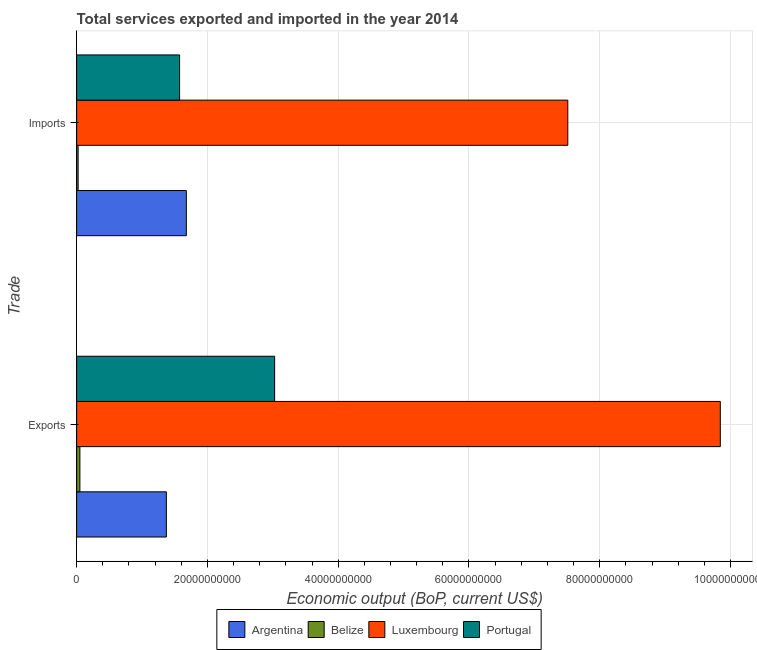
| Trade | Argentina | Belize | Luxembourg | Portugal |
 | --- | --- | --- | --- | --- |
 | Exports | 1.37e+10 | 4.94e+08 | 9.84e+10 | 3.03e+10 |
 | Imports | 1.68e+10 | 2.25e+08 | 7.51e+10 | 1.57e+10 |